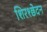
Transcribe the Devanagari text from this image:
शिरश्छेदन